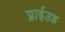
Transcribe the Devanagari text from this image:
प्लाईउड